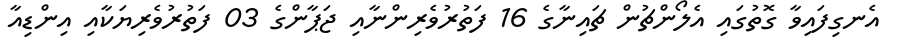
އެނގިފައިވާ ގޮތުގައި އެލޯންޗުން ޗައިނާގެ 16 ފަތުރުވެރިންނާއި ޖަޕާންގެ 03 ފަތުރުވެރިޔަކާއި އިންޑިއާ